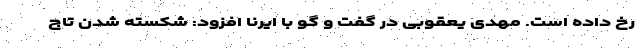
رخ داده است. مهدی یعقوبی در گفت و گو با ایرنا افزود: شکسته شدن تاج